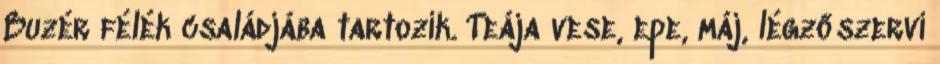
Buzér félék családjába tartozik. Teája vese, epe, máj, légzőszervi